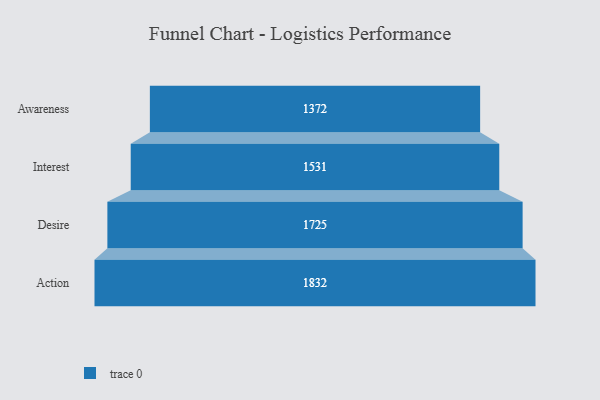
{"axis": {"x": "Stage", "y": "Value"}, "legend": [""], "data": [{"x": "Awareness", "y": 1372.0, "type": ""}, {"x": "Interest", "y": 1531.0, "type": ""}, {"x": "Desire", "y": 1725.0, "type": ""}, {"x": "Action", "y": 1832.0, "type": ""}]}